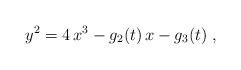
LaTeX: \begin{align*} y^2 = 4 \, x^3 - g_2(t) \, x - g_3(t) \;,\end{align*}